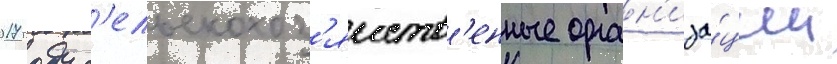
2017 году с'ельскохоз'яиств'енные орган'иза́ции